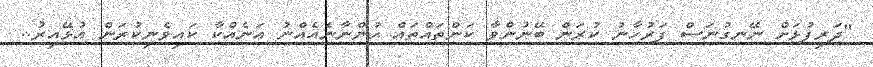
"ދަރިފުޅަށް ނޭނގުނަސް ފަރުހާނު ކުރަން ބޭނުންވާ ކަންތައްތައް ހުންނާނެއެއްނު އަނެއްކާ ކައިވެނިކުރަން އުޅޭއިރު..